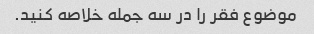
موضوع فقر را در سه جمله خلاصه کنید.